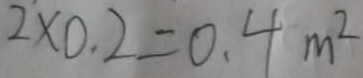
2 \times 0 . 2 = 0 . 4 m ^ { 2 }